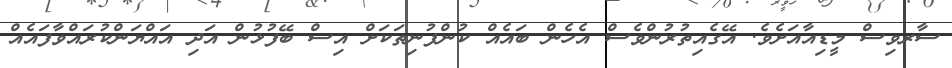
ސާރވިސް މީޑިއާއަށެވެ. އޭގެއިތުރުންވެސް އެހެން ބައެއް ކުންފުނިތަކަށް އިސް ބޭފުޅުން އަދި އައްޔަންކުރައްވާފައެއް